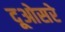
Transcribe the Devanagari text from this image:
दूओसरे